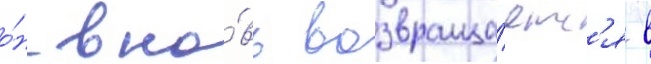
о́н вно́вь возвраща́етс'я в